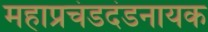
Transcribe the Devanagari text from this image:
महाप्रचंडदंडनायक